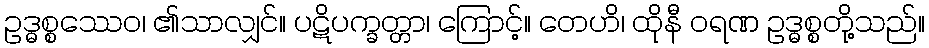
ဥဒ္ဓစ္စဿေဝ၊ ၏သာလျှင်။ ပဋိပက္ခတ္တာ၊ ကြောင့်။ တေဟိ၊ ထိုနီ ဝရဏ ဥဒ္ဓစ္စတို့သည်။